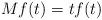
LaTeX: \begin{align*}Mf(t) =t f(t)\end{align*}